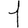
Digit: 1